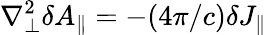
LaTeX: \nabla_{\perp}^{2}\delta A_{\parallel}=-(4\pi/c)\delta J_{\parallel}